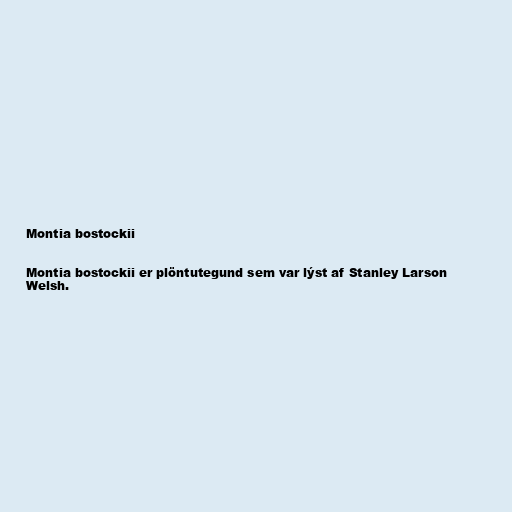
Montia bostockii

Montia bostockii er plöntutegund sem var lýst af Stanley Larson
Welsh.